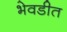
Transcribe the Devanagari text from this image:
भेवडीत